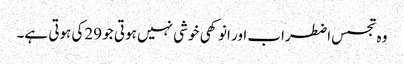
وہ تجسس اضطراب اور انوکھی خوشی نہیں ہوتی جو 29کی ہوتی ہے۔